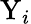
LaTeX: \mathrm{Y}_{i}